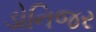
ડોનિજર